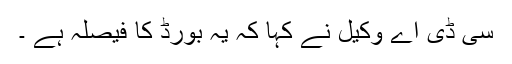
سی ڈی اے وکیل نے کہا کہ یہ بورڈ کا فیصلہ ہے ۔